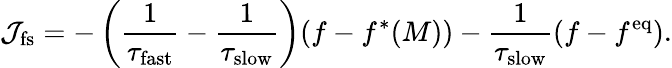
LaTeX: \mathcal{J}_{\mathrm{fs}}=-\left(\frac{1}{\tau_{\mathrm{fast}}}-\frac{1}{\tau_{\mathrm{slow}}}\right)(f-f^{*}(M))-\frac{1}{\tau_{\mathrm{slow}}}(f-f^{\mathrm{eq}}).